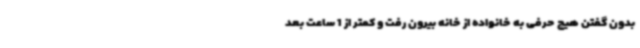
بدون گفتن هیچ حرفی به خانواده از خانه بیرون رفت و کمتر از 1 ساعت بعد